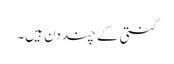
گنتی کے چند دن ہیں۔